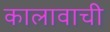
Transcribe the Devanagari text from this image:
कालावाची